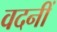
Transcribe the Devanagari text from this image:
वदनीं